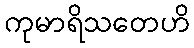
ကုမာရိသတေဟိ